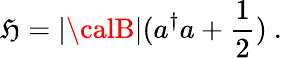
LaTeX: \mathfrak{H}=|{\calB}|(a^{\dagger}a+\frac{{1}}{{2}})~.